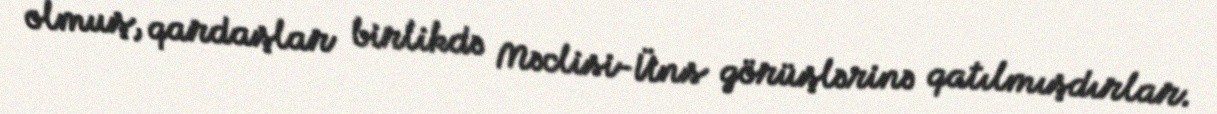
olmuş, qardaşlar birlikdə Məclisi-Üns görüşlərinə qatılmışdırlar.